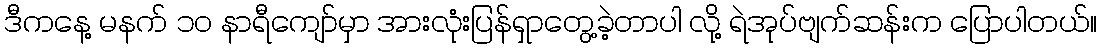
ဒီကနေ့ မနက် ၁၀ နာရီကျော်မှာ အားလုံးပြန်ရှာတွေ့ခဲ့တာပါ လို့ ရဲအုပ်ဗျက်ဆန်းက ပြောပါတယ်။